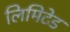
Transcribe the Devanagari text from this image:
लिमिटेड